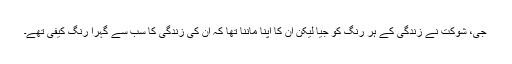
جی، شوکت نے زندگی کے ہر رنگ کو جیا لیکن ان کا اپنا ماننا تھا کہ ان کی زندگی کا سب سے گہرا رنگ کیفی تھے۔